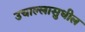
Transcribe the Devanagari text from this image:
उचाल्लासुधील